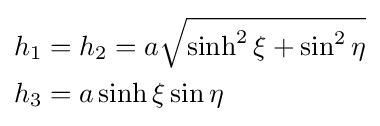
{\begin{aligned}h_{1}&=h_{2}=a{\sqrt {\sinh ^{2}\xi +\sin ^{2}\eta }}\\h_{3}&=a\sinh \xi \sin \eta \end{aligned}}